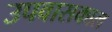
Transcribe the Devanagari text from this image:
उपवासकाल